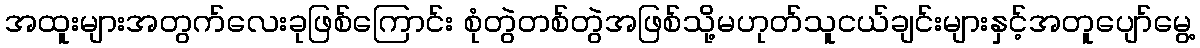
အထူးများအတွက်လေးခုဖြစ်ကြောင်း စုံတွဲတစ်တွဲအဖြစ်သို့မဟုတ်သူငယ်ချင်းများနှင့်အတူပျော်မွေ့